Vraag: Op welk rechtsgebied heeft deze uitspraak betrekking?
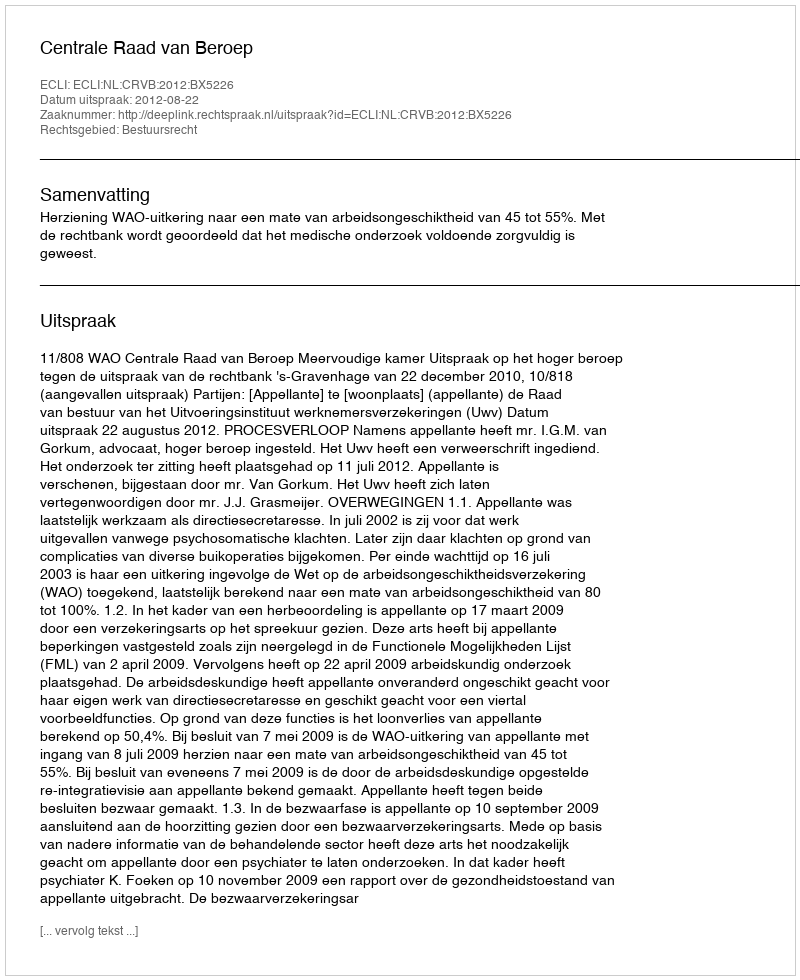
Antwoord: Bestuursrecht